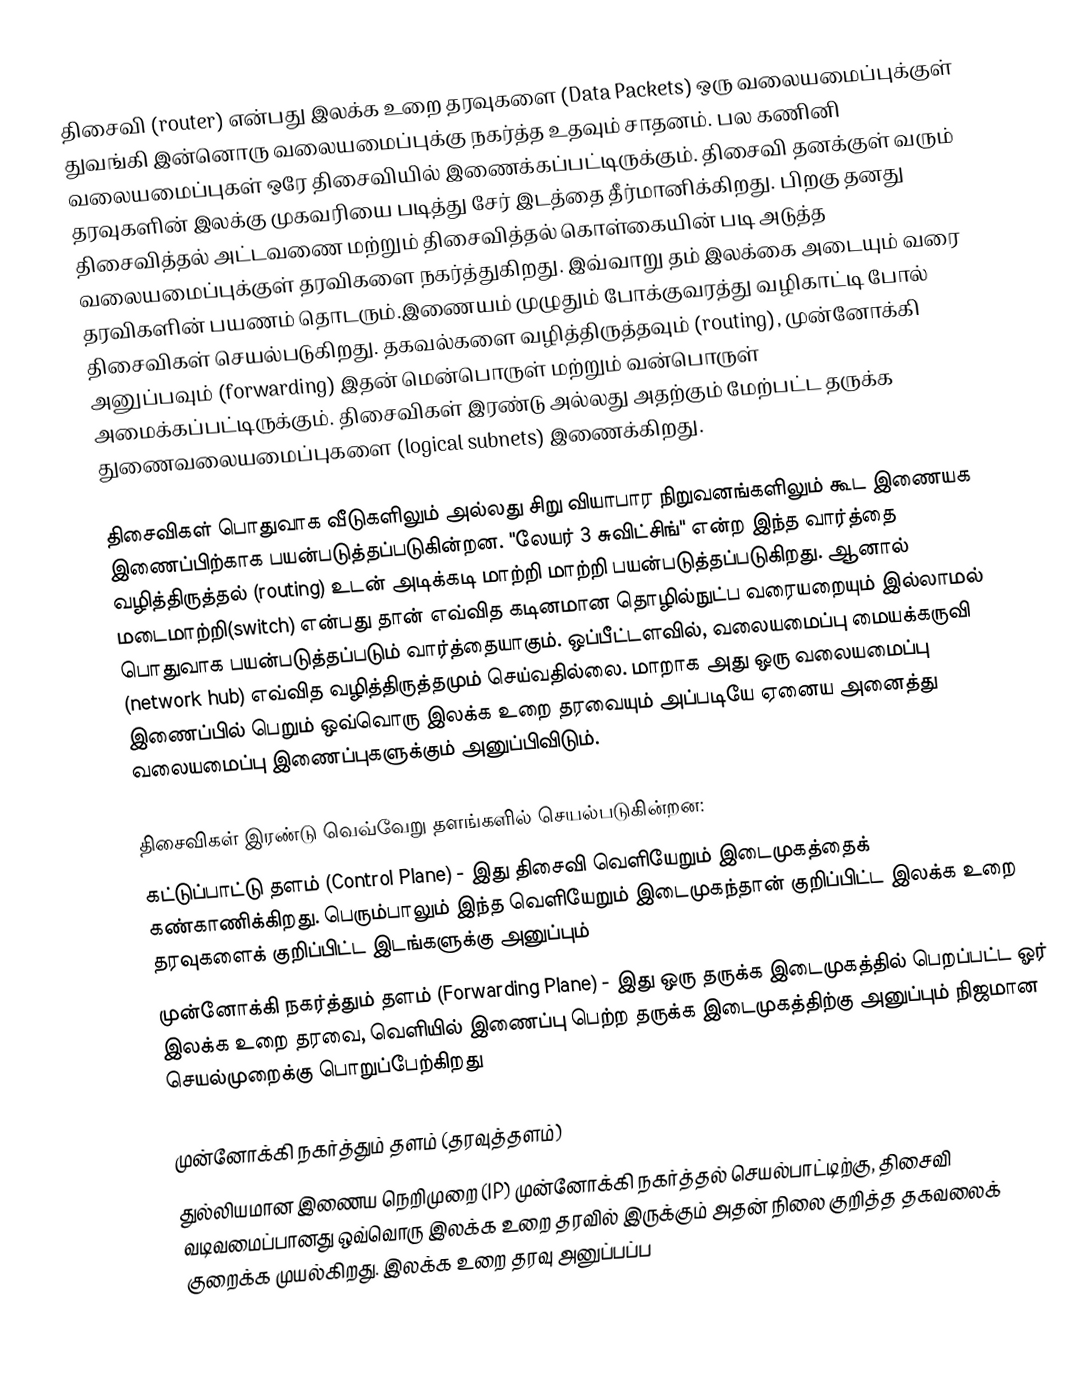
திசைவி (router) என்பது இலக்க உறை தரவுகளை (Data Packets) ஒரு வலையமைப்புக்குள் துவங்கி இன்னொரு வலையமைப்புக்கு நகர்த்த உதவும் சாதனம். பல கணினி வலையமைப்புகள் ஒரே திசைவியில் இணைக்கப்பட்டிருக்கும். திசைவி தனக்குள் வரும் தரவுகளின் இலக்கு முகவரியை படித்து சேர் இடத்தை தீர்மானிக்கிறது. பிறகு தனது திசைவித்தல் அட்டவணை மற்றும் திசைவித்தல் கொள்கையின் படி அடுத்த வலையமைப்புக்குள் தரவிகளை நகர்த்துகிறது. இவ்வாறு தம் இலக்கை அடையும் வரை தரவிகளின் பயணம் தொடரும்.இணையம் முழுதும் போக்குவரத்து வழிகாட்டி போல் திசைவிகள் செயல்படுகிறது. தகவல்களை வழித்திருத்தவும் (routing), முன்னோக்கி அனுப்பவும் (forwarding) இதன் மென்பொருள் மற்றும் வன்பொருள் அமைக்கப்பட்டிருக்கும். திசைவிகள் இரண்டு அல்லது அதற்கும் மேற்பட்ட தருக்க துணைவலையமைப்புகளை (logical subnets) இணைக்கிறது.

திசைவிகள் பொதுவாக வீடுகளிலும் அல்லது சிறு வியாபார நிறுவனங்களிலும் கூட இணையக இணைப்பிற்காக பயன்படுத்தப்படுகின்றன. "லேயர் 3 சுவிட்சிங்" என்ற இந்த வார்த்தை வழித்திருத்தல் (routing) உடன் அடிக்கடி மாற்றி மாற்றி பயன்படுத்தப்படுகிறது. ஆனால் மடைமாற்றி(switch) என்பது தான் எவ்வித கடினமான தொழில்நுட்ப வரையறையும் இல்லாமல் பொதுவாக பயன்படுத்தப்படும் வார்த்தையாகும். ஒப்பீட்டளவில், வலையமைப்பு மையக்கருவி (network hub) எவ்வித வழித்திருத்தமும் செய்வதில்லை. மாறாக அது ஒரு வலையமைப்பு இணைப்பில் பெறும் ஒவ்வொரு இலக்க உறை தரவையும் அப்படியே ஏனைய அனைத்து வலையமைப்பு இணைப்புகளுக்கும் அனுப்பிவிடும்.

திசைவிகள் இரண்டு வெவ்வேறு தளங்களில் செயல்படுகின்றன:
 கட்டுப்பாட்டு தளம் (Control Plane) - இது திசைவி வெளியேறும் இடைமுகத்தைக் கண்காணிக்கிறது. பெரும்பாலும் இந்த வெளியேறும் இடைமுகந்தான் குறிப்பிட்ட இலக்க உறை தரவுகளைக் குறிப்பிட்ட இடங்களுக்கு அனுப்பும்
 முன்னோக்கி நகர்த்தும் தளம் (Forwarding Plane) - இது ஒரு தருக்க இடைமுகத்தில் பெறப்பட்ட ஓர் இலக்க உறை தரவை, வெளியில் இணைப்பு பெற்ற தருக்க இடைமுகத்திற்கு அனுப்பும் நிஜமான செயல்முறைக்கு பொறுப்பேற்கிறது

முன்னோக்கி நகர்த்தும் தளம் (தரவுத்தளம்)
துல்லியமான இணைய நெறிமுறை (IP) முன்னோக்கி நகர்த்தல் செயல்பாட்டிற்கு, திசைவி வடிவமைப்பானது ஒவ்வொரு இலக்க உறை தரவில் இருக்கும் அதன் நிலை குறித்த தகவலைக் குறைக்க முயல்கிறது. இலக்க உறை தரவு அனுப்பப்ப